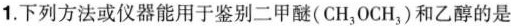
1.下列方法或仪器能用于鉴别二甲醚(CH_{3}OCH_{3})和乙醇的是